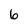
Character: 6